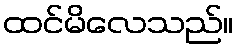
ထင်မိလေသည်။